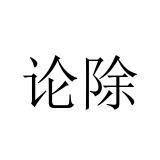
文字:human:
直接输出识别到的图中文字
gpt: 论除